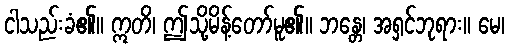
ငါသည်းခံ၏။ ဣတိ၊ ဤသို့မိန့်တော်မူ၏။ ဘန္တေ၊ အရှင်ဘုရား။ မေ၊